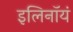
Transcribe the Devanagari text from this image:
इलिनॉयं